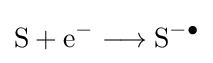
{{\text{S}}{}+{}{\text{e}}{\vphantom {A}}^{-}{}\mathrel {\longrightarrow } {}{\text{S}}{\vphantom {A}}^{-\bullet }}